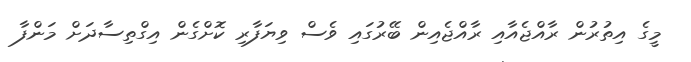
މީގެ އިތުރުން ރާއްޖެއާއި ރާއްޖެއިން ބޭރުގައި ވެސް ވިޔަފާރި ކޮށްގެން އިގްތިސާދަށް މަންފާ